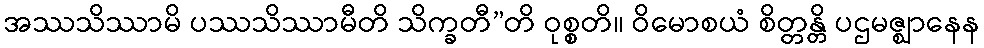
အဿသိဿာမိ ပဿသိဿာမီတိ သိက္ခတီ”တိ ဝုစ္စတိ။ ဝိမောစယံ စိတ္တန္တိ ပဌမဇ္ဈာနေန